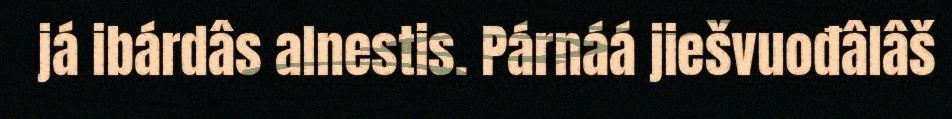
já ibárdâs alnestis. Párnáá jiešvuođâlâš